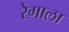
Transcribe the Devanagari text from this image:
रेगाला